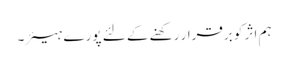
ہم اثر کو برقرار رکھنے کے لئے پورے ہیئر۔